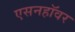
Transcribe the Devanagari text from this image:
एसनहॉवर